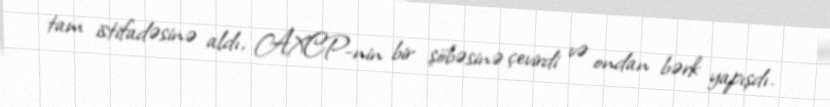
tam istifadəsinə aldı, AXCP-nin bir şöbəsinə çevirdi və ondan bərk yapışdı.